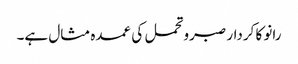
رانو کا کردار صبروتحمل کی عمدہ مثال ہے۔